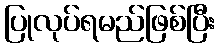
ပြုလုပ်ရမည်ဖြစ်ပြီး